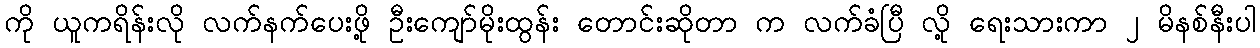
ကို ယူကရိန်းလို လက်နက်ပေးဖို့ ဦးကျော်မိုးထွန်း တောင်းဆိုတာ က လက်ခံပြီ လို့ ရေးသားကာ ၂ မိနစ်နီးပါ